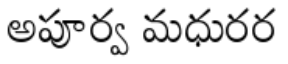
అపూర్వ మధురర